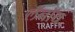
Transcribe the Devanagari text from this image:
लॅनॉय